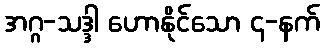
အဂ္ဂ-သဒ္ဒါ ဟောနိုင်သော ၄-နက်